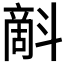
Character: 𣂉